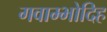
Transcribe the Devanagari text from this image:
गवाम्भोदिह